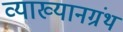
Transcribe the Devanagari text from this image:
व्याख्यानग्रंथ